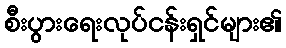
စီးပွားရေးလုပ်ငန်းရှင်များ၏